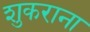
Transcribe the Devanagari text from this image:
शुकराना